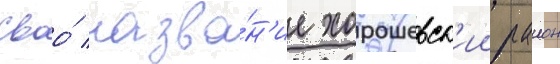
Своо́ назва́н'ие хорошевск'ии раион